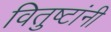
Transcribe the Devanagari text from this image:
वितुष्टांनी